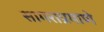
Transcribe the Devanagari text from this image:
सागराप्रमाणे